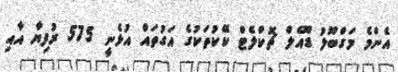
އެންމެ މަގްބޫލު ޑޫއެލް ޗޮކްލެޓް ކޭކުތަކުގެ އަގުތައް އުޅެނީ 575 ރުފިޔާ އާއި